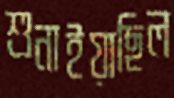
শুনাইয়াছিল